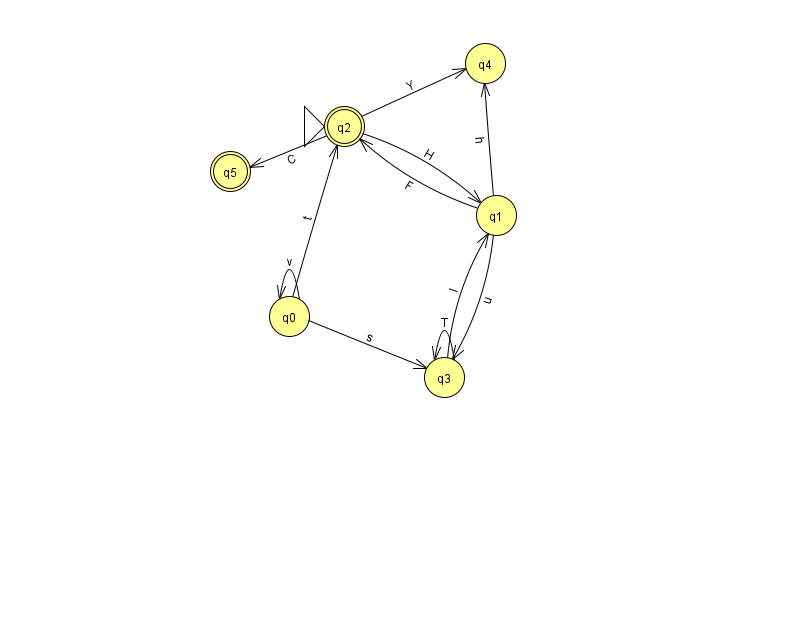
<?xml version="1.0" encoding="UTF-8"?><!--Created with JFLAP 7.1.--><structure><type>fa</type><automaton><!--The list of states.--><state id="0" name="q0"><x>289.0</x><y>303.0</y></state><state id="1" name="q1"><x>496.0</x><y>202.0</y></state><state id="2" name="q2"><x>344.0</x><y>113.0</y><initial/><final/></state><state id="3" name="q3"><x>444.0</x><y>364.0</y></state><state id="4" name="q4"><x>485.0</x><y>50.0</y></state><state id="5" name="q5"><x>230.0</x><y>158.0</y><final/></state><!--The list of transitions.--><transition><from>1</from><to>2</to><read>F</read></transition><transition><from>3</from><to>3</to><read>T</read></transition><transition><from>0</from><to>3</to><read>s</read></transition><transition><from>0</from><to>0</to><read>v</read></transition><transition><from>2</from><to>5</to><read>C</read></transition><transition><from>3</from><to>1</to><read>l</read></transition><transition><from>1</from><to>4</to><read>h</read></transition><transition><from>2</from><to>4</to><read>Y</read></transition><transition><from>1</from><to>3</to><read>u</read></transition><transition><from>2</from><to>1</to><read>H</read></transition><transition><from>0</from><to>2</to><read>t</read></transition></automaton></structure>